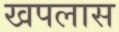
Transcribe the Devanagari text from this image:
खपलास